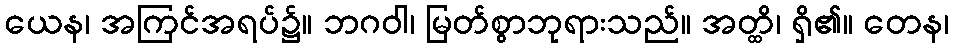
ယေန၊ အကြင်အရပ်၌။ ဘဂဝါ၊ မြတ်စွာဘုရားသည်။ အတ္ထိ၊ ရှိ၏။ တေန၊